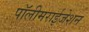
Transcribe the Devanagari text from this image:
पॉलीमराईजेशन